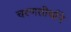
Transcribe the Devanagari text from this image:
चरणतीर्थाने